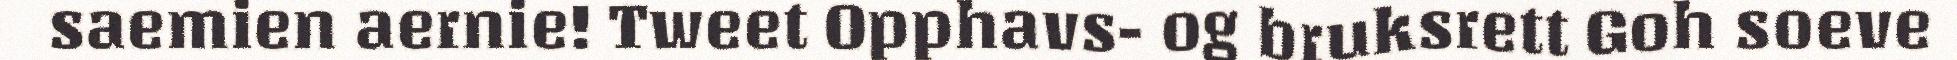
saemien aernie! Tweet Opphavs- og bruksrett Goh soeve